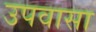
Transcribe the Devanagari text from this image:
उपवासा